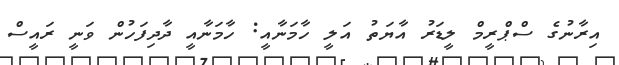
އިރާނުގެ ސްޕްރީމް ލީޑަރު އާޔަތު އަލީ ހާމަނާއީ: ހާމަނާއީ ދާދިފަހުން ވަނީ ރައީސް